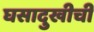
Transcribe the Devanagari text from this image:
घसादुखीची